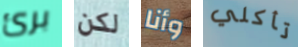
برئ لكن وأنا تأكلي